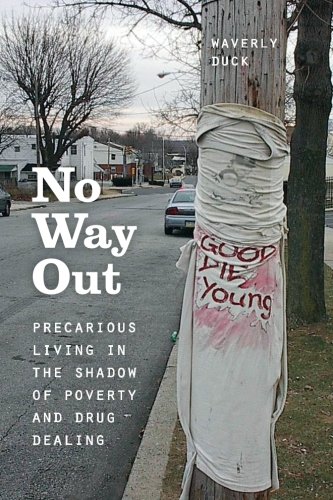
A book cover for No Way Out: Precarious Living in the Shadow of Poverty and Drug Dealing; Waverly Duck; Biographies & Memoirs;